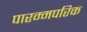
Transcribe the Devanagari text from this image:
पारम्मपरिक